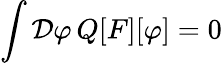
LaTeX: \int{\mathcal{D}}\varphi\, Q[F][\varphi]=0